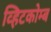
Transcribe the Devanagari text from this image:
व्हिटकोम्ब